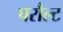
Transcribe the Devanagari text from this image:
परौल्ट